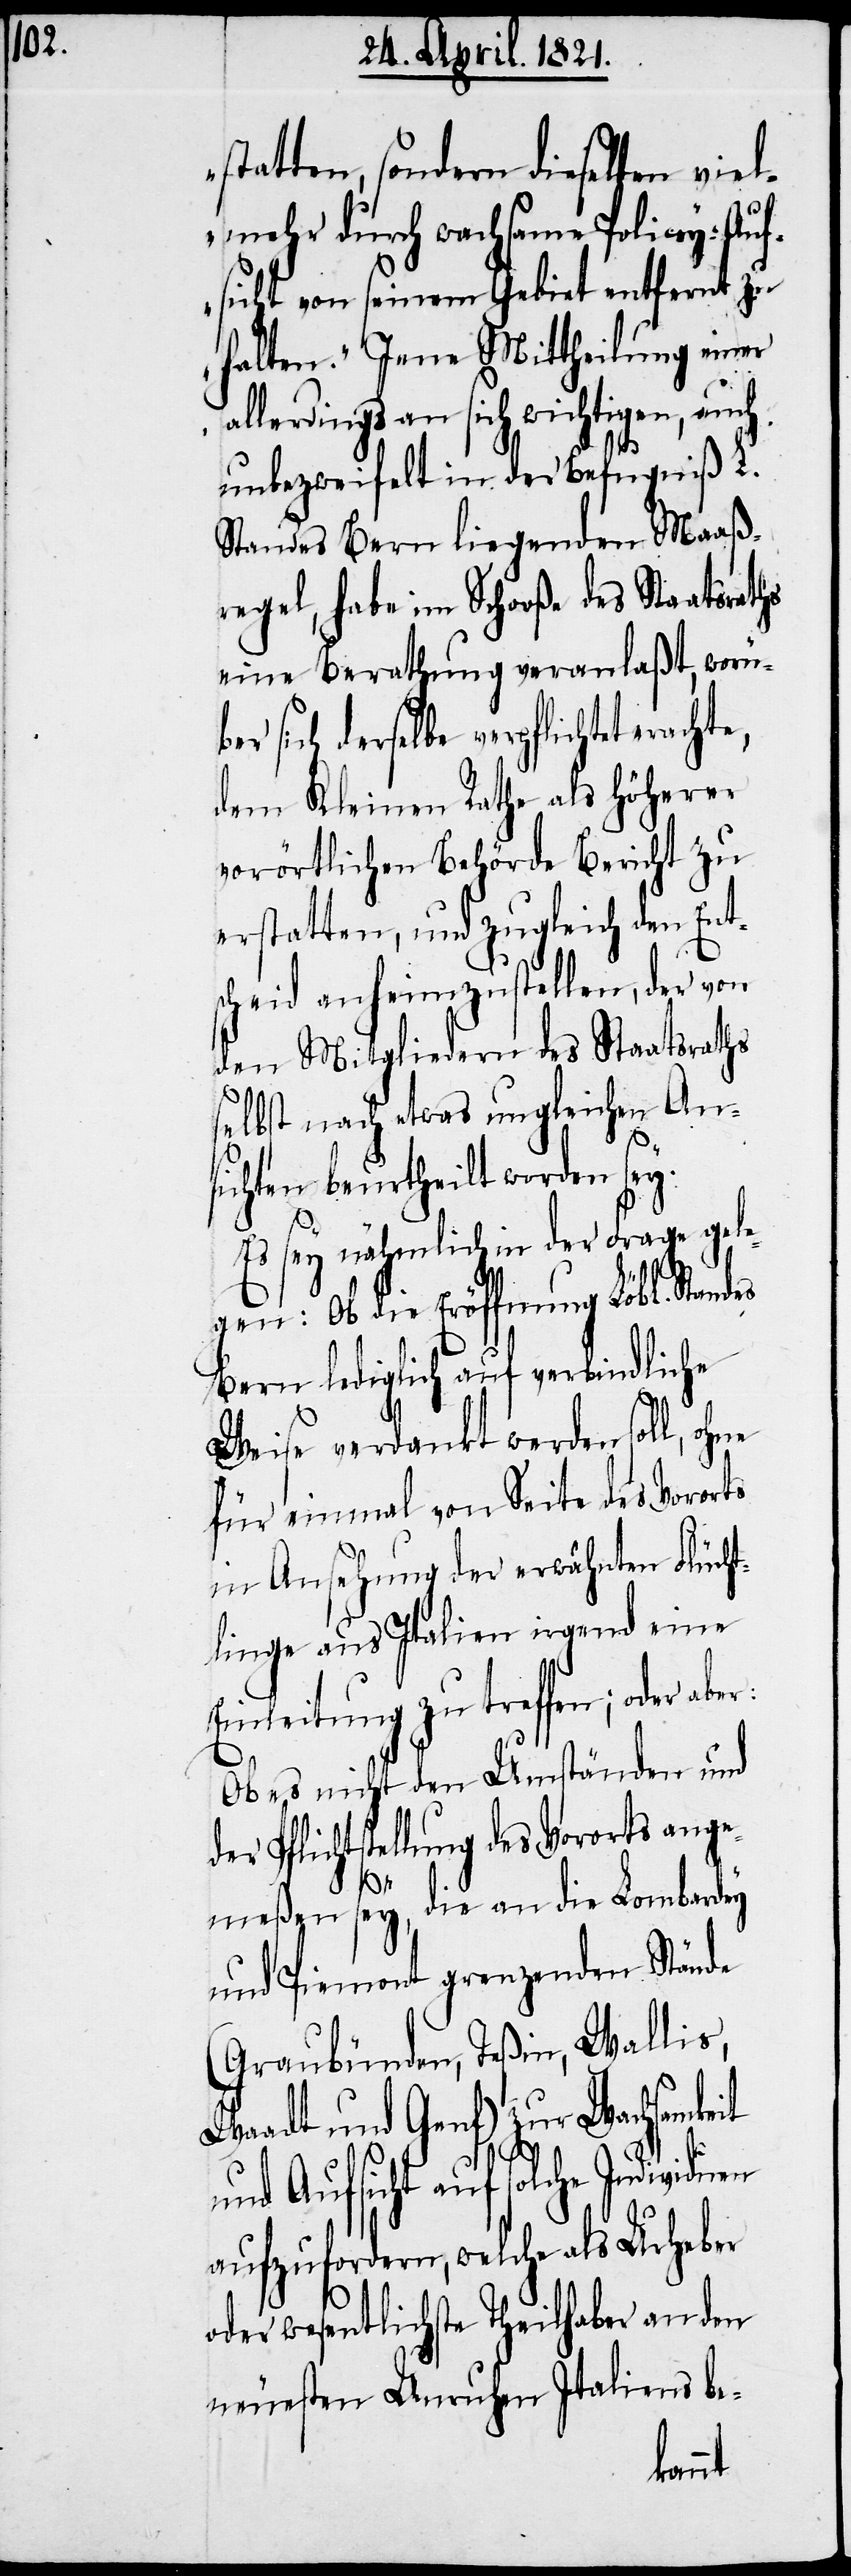
statten, sondern dieselben viel¬
mehr durch wachsame Policey-Auf¬
sicht von seinem Gebiet entfernt zu
ele¬
halten.“ Jene Mittheil¬
d¬
allerdings an sich wichtig¬
unbezweifelt in der Befug¬
Standes Bern liegenden Maaß¬
regel, habe im Schooße des Staatsrath¬
eine Berathung veranlaßt, worübe¬
r sich derselbe verpflichtet
dem Kleinen Rathe als höherer
vorörtlichen Behörde Bericht zu
erstatten, und zugleich den Ent¬
scheid anheimzustellen, der von
den Mitgliedern des Staatsraths
selbst nach etwas ungleichen An¬
sichten beurtheilt worden s¬
Es sey nähmlich in der Frage g¬
gen: Ob die Eröffnung Löbl. Standes
Bern lediglich auf verbindliche
Weise verdankt werden soll, ohne
für einmal von Seite des Vororts
in Ansehung der erwähnten Flücht¬
linge aus Italien irgend eine
Einleitung zu treffen; oder
Ob es nicht den Umständen und
er Pflichtstellung des Vorortes ange¬
meßen sey, die an die Lombardey
und Piemont grenzenden Stände
(Graubünden, Teßin, Wallis,
Waadt und Genf) zur Wachsamkeit
und Aufsicht auf solche Individuen
aufzufordern, welche als Urheber
oder wesentlichste Theilhaber an den
neuesten Unruhen Italiens be-